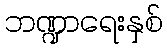
ဘဏ္ဍာရေးနှစ်